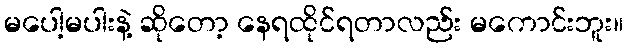
မပေါ့မပါးနဲ့ ဆိုတော့ နေရထိုင်ရတာလည်း မကောင်းဘူး။